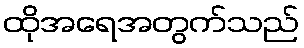
ထိုအရေအတွက်သည်